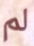
لم